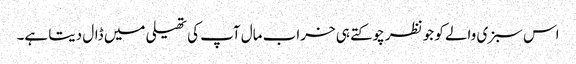
اس سبزی والے کو جو نظر چوکتے ہی خراب مال آپ کی تھیلی میں ڈال دیتا ہے۔